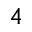
4